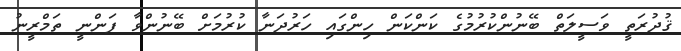
ޤުދުރަތީ ވަސީލަތް ބޭނުންކުރުމުގެ ކަންކަން ހިންގައި ހަރުދަނާ ކުރުމަށް ބޭނުންވާ ފަންނީ ތަމްރީނު